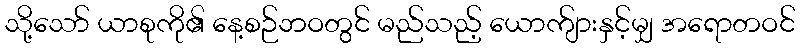
သို့သော် ယာစုကို၏ နေ့စဉ်ဘဝတွင် မည်သည့် ယောက်ျားနှင့်မျှ အရောတဝင်